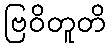
ဗြဝိတူတိ